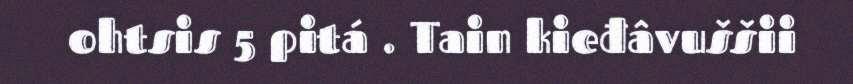
ohtsis 5 pitá . Tain kieđâvuššii